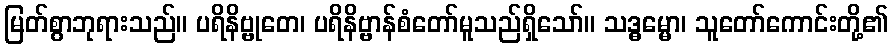
မြတ်စွာဘုရားသည်။ ပရိနိဗ္ဗုတေ၊ ပရိနိဗ္ဗာန်စံတော်မူသည်ရှိသော်။ သဒ္ဓမ္မော၊ သူတော်ကောင်းတို့၏